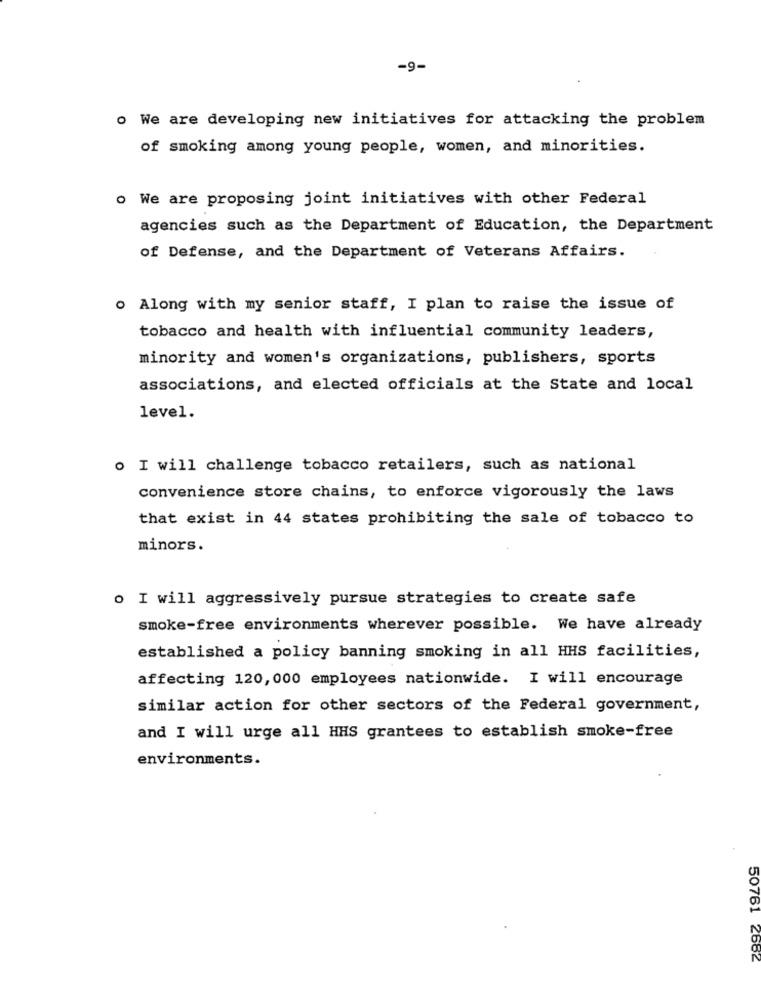
-9-
o We are developing new initiatives for attacking the problem
of smoking among young people, women, and minorities.
o We are proposing joint initiatives with other Federal
agencies such as the Department of Education, the Department
of Defense, and the Department of Veterans Affairs.
. Along with my senior staff, I plan to raise the issue of
tobacco and health with influential community leaders,
minority and women's organizations, publishers, sports
associations, and elected officials at the State and local
level.
o I will challenge tobacco retailers, such as national
convenience store chains, to enforce vigorously the laws
that exist in 44 states prohibiting the sale of tobacco to
minors.
o I will aggressively pursue strategies to create safe
smoke-free environments wherever possible. We have already
established a policy banning smoking in all HHS facilities,
affecting 120, 000 employees nationwide. I will encourage
similar action for other sectors of the Federal government,
and I will urge all HHS grantees to establish smoke-free
environments.
50761 2682